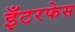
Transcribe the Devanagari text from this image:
इँटरफेस